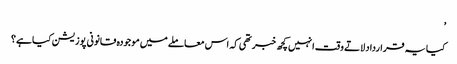
’
کیا یہ قرارداد لاتے وقت انہیں کچھ خبر تھی کہ اس معاملے میں موجودہ قانونی پوزیشن کیا ہے؟